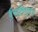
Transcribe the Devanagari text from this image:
वैचारिकदृष्‍ट्या